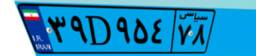
۳۹D۹۵۴۷۸